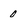
Character: 0